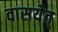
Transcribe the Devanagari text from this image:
वासयेत्